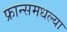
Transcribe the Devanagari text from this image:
फ्रान्समधल्या